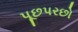
પૂછપરછો